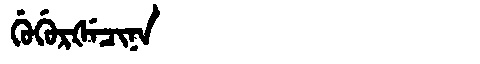
Manchu: ᡤᡠᡤᡠᡵᡧᡝᠴᡳᠨᠠ
Romanization: GUGURŠECINA